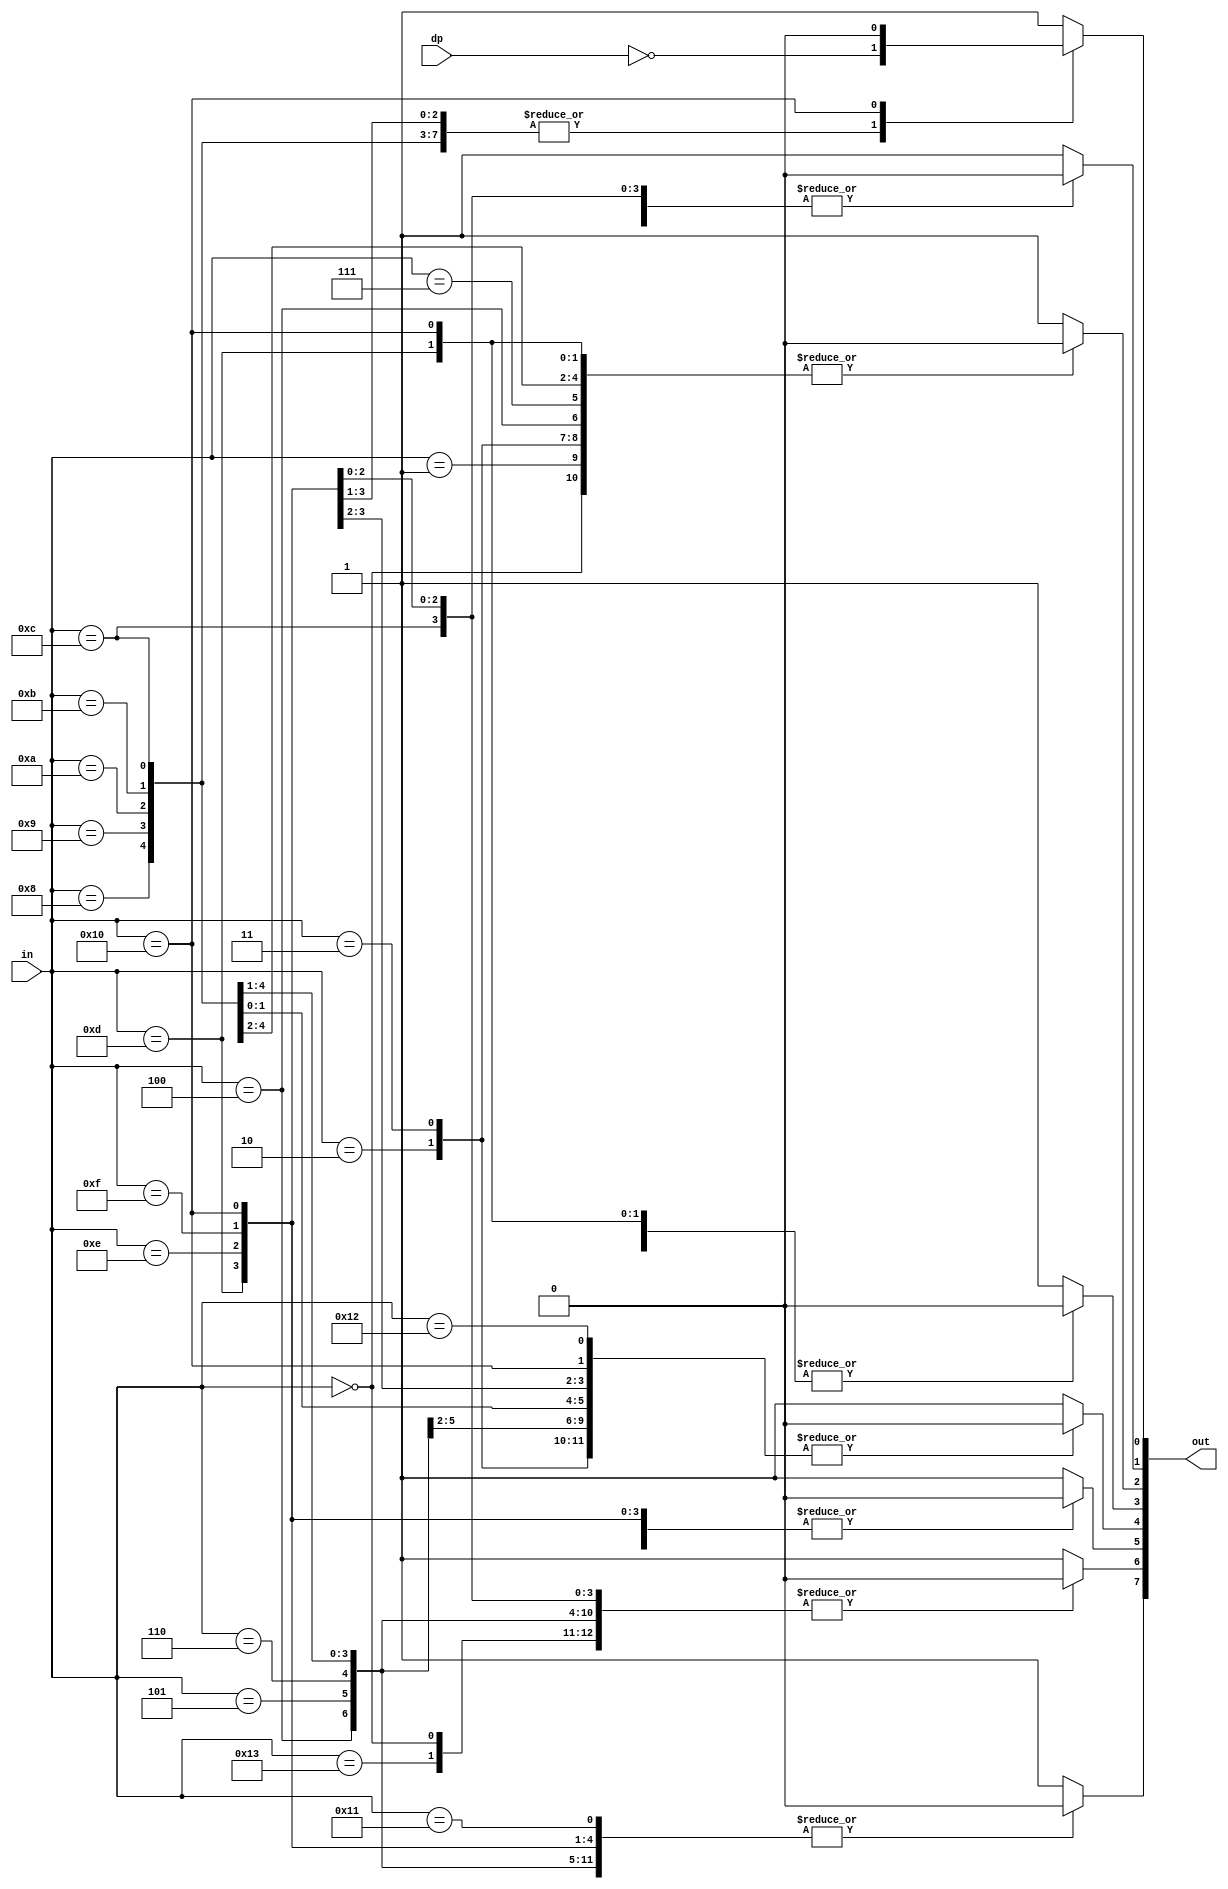
module hexdigit(
  input wire [4:0] in,
  input wire dp,
  output reg [7:0] out
  );

// ---------- 7-seg assignment ----------
//                            a
//       dc              
//      eb          f     
//     fa             g  b
//    gdp        
//   8'b00000000          e     
//                               c
//                           
//                             d   o dp
always @* begin
  out = 8'b11111111;
	 
  case(in)
    4'h0: begin // hex '0' SSD display pattern
      out[7] = 1'b1;
      out[6] = 1'b0;
      out[5] = 1'b0;
      out[4] = 1'b0;
      out[3] = 1'b0;
      out[2] = 1'b0;
      out[1] = 1'b0;
      out[0] = ~dp;
    end
	 
    4'h1: begin // hex '1' SSD display pattern
      out[7] = 1'b1;
      out[6] = 1'b1;
      out[5] = 1'b1;
      out[4] = 1'b1;
      out[3] = 1'b0;
      out[2] = 1'b0;
      out[1] = 1'b1;
      out[0] = ~dp;
    end

    4'h2: begin // hex '2' SSD display pattern
      out[7] = 1'b0;
      out[6] = 1'b1;
      out[5] = 1'b0;
      out[4] = 1'b0;
      out[3] = 1'b1;
      out[2] = 1'b0;
      out[1] = 1'b0;
      out[0] = ~dp;
    end
	 
    4'h3: begin // hex '3' SSD display pattern
      out[7] = 1'b0;
      out[6] = 1'b1;
      out[5] = 1'b1;
      out[4] = 1'b0;
      out[3] = 1'b0;
      out[2] = 1'b0;
      out[1] = 1'b0;
      out[0] = ~dp;
    end
 
     4'h4: begin // hex '4' SSD display pattern
      out[7] = 1'b0;
      out[6] = 1'b0;
      out[5] = 1'b1;
      out[4] = 1'b1;
      out[3] = 1'b0;
      out[2] = 1'b0;
      out[1] = 1'b1;
      out[0] = ~dp;
    end
	 
    4'h5: begin // hex '5' SSD display pattern
      out[7] = 1'b0;
      out[6] = 1'b0;
      out[5] = 1'b1;
      out[4] = 1'b0;
      out[3] = 1'b0;
      out[2] = 1'b1;
      out[1] = 1'b0;
      out[0] = ~dp;
    end
	 
    4'h6: begin // hex '6' SSD display pattern
      out[7] = 1'b0;
      out[6] = 1'b0;
      out[5] = 1'b0;
      out[4] = 1'b0;
      out[3] = 1'b0;
      out[2] = 1'b1;
      out[1] = 1'b0;
      out[0] =  ~dp;
    end
	 
    4'h7: begin // hex '7' SSD display pattern
      out[7] = 1'b1;
      out[6] = 1'b1;
      out[5] = 1'b1;
      out[4] = 1'b1;
      out[3] = 1'b0;
      out[2] = 1'b0;
      out[1] = 1'b0;
      out[0] =  ~dp;
    end
	 
    4'h8: begin // hex '8' SSD display pattern
      out[7] = 1'b0;
      out[6] = 1'b0;
      out[5] = 1'b0;
      out[4] = 1'b0;
      out[3] = 1'b0;
      out[2] = 1'b0;
      out[1] = 1'b0;
      out[0] =  ~dp;
    end
	 
    4'h9: begin // hex '9' SSD display pattern
      out[7] = 1'b0;
      out[6] = 1'b0;
      out[5] = 1'b1;
      out[4] = 1'b0;
      out[3] = 1'b0;
      out[2] = 1'b0;
      out[1] = 1'b0;
      out[0] =  ~dp;
    end
	 
    4'ha: begin // hex 'a' SSD display pattern
      out[7] = 1'b0;
      out[6] = 1'b0;
      out[5] = 1'b0;
      out[4] = 1'b1;
      out[3] = 1'b0;
      out[2] = 1'b0;
      out[1] = 1'b0;
      out[0] =  ~dp;
    end
	 
    4'hb: begin // hex 'b' SSD display pattern
      out[7] = 1'b0;
      out[6] = 1'b0;
      out[5] = 1'b0;
      out[4] = 1'b0;
      out[3] = 1'b0;
      out[2] = 1'b1;
      out[1] = 1'b1;
      out[0] =  ~dp;
    end
	 
    4'hc: begin // hex 'c' SSD display pattern
      out[7] = 1'b1;
      out[6] = 1'b0;
      out[5] = 1'b0;
      out[4] = 1'b0;
      out[3] = 1'b1;
      out[2] = 1'b1;
      out[1] = 1'b0;
      out[0] =  ~dp;
    end
	 
    4'hd: begin // hex 'd' SSD display pattern
      out[7] = 1'b0;
      out[6] = 1'b1;
      out[5] = 1'b0;
      out[4] = 1'b0;
      out[3] = 1'b0;
      out[2] = 1'b0;
      out[1] = 1'b1;
      out[0] =  ~dp;
    end
	 
    4'he: begin // hex 'e' SSD display pattern
      out[7] = 1'b0;
      out[6] = 1'b0;
      out[5] = 1'b0;
      out[4] = 1'b0;
      out[3] = 1'b1;
      out[2] = 1'b1;
      out[1] = 1'b0;
      out[0] =  ~dp;
    end
	 
    4'hf: begin // hex 'f' SSD display pattern
      out[7] = 1'b0;
      out[6] = 1'b0;
      out[5] = 1'b0;
      out[4] = 1'b1;
      out[3] = 1'b1;
      out[2] = 1'b1;
      out[1] = 1'b0;
      out[0] =  ~dp;
    end
    5'b10000: out = 8'b00000000; // 16 = all led on
    5'b10001: out = 8'b01111111; // 17 = - (minus sign)
    5'b10010: out = 8'b11101111; // 18 = _ (underscore)
    5'b10011: out = 8'b00100101; // 19 = S
    default: out = 8'b11111111;
  endcase
end
endmodule